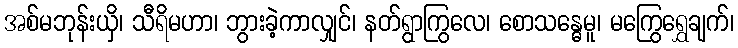
အစ်မဘုန်းယှိ၊ သီရိမဟာ၊ ဘွားခဲ့ကာလျှင်၊ နတ်ရွာကြွလေ၊ စောသန္ဓေမူ၊ မကြွေရွှေချက်၊